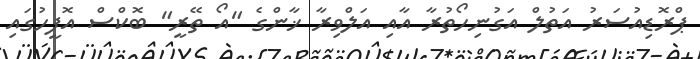
ޕްރޮޑިއުސަރު އަތުލް އަގުނިހޯތުރާ އާއި އަލްވިރާ ޚާންގެ "އޯ ތޭރީ" ބޮކްސް އޮފީހުގައި